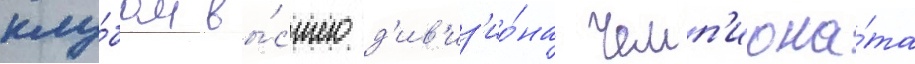
клу́бом вы́сшего д'ив'из'ио́на чемп'иона́та